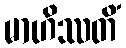
မာဟိဿတိံ